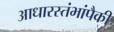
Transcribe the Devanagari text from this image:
आधारस्तंभांपैकी